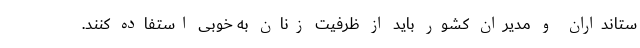
ستانداران و مدیران کشور باید از ظرفیت زنان به خوبی استفاده کنند.